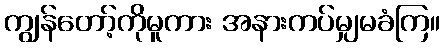
ကျွန်တော့်ကိုမူကား အနားကပ်မျှမခံကြ။